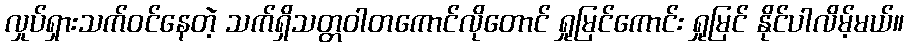
လှုပ်ရှားသက်ဝင်နေတဲ့ သက်ရှိသတ္တဝါတကောင်လိုတောင် ရှုမြင်ကောင်း ရှုမြင် နိုင်ပါလိမ့်မယ်။